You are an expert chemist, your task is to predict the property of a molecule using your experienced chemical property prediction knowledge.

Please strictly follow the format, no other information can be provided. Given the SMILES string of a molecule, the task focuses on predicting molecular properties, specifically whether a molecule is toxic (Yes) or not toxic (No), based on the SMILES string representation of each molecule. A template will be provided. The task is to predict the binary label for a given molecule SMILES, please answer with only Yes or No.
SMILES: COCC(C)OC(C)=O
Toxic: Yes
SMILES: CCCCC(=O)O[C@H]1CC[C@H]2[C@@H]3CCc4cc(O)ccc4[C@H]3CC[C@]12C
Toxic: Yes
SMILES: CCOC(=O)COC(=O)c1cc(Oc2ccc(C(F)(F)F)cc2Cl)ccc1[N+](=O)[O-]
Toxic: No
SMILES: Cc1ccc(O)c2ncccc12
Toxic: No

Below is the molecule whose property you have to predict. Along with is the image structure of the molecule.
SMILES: CCC(=O)O[C@H]1CC[C@H]2[C@@H]3CCc4cc(O)ccc4[C@H]3CC[C@]12C
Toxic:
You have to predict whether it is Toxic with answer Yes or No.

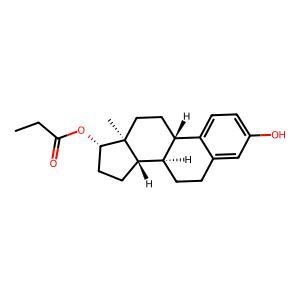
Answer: Yes